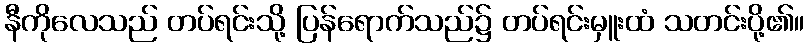
နီကိုလေသည် တပ်ရင်းသို့ ပြန်ရောက်သည်၌ တပ်ရင်းမှူးထံ သတင်းပို့၏။